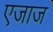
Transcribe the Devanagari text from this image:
एजाज